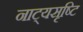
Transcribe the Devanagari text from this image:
नाट्यसृष्टि